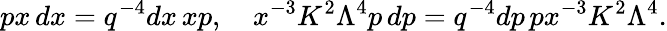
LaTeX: px\, dx=q^{-4}dx\, xp,\ \ \ \ x^{-3}K^{2}\Lambda^{4}p\, dp=q^{-4}dp\, px^{-3}K^{2}\Lambda^{4}.